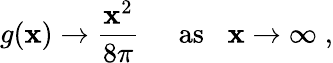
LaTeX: g(\mathbf{x})\rightarrow\frac{{\mathbf{x}^{2}}}{{8\pi}}\; \; \; \; \; \mathrm{{as}}\; \; \; \mathbf{x}\rightarrow\infty\; ,